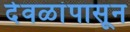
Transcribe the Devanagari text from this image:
देवळांपासून